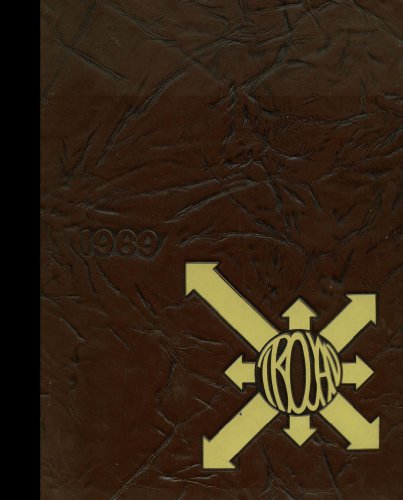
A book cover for (Reprint) 1969 Yearbook: Findlay High School, Findlay, Ohio; Reference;